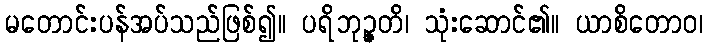
မတောင်းပန်အပ်သည်ဖြစ်၍။ ပရိဘုဉ္ဇတိ၊ သုံးဆောင်၏။ ယာစိတောဝ၊